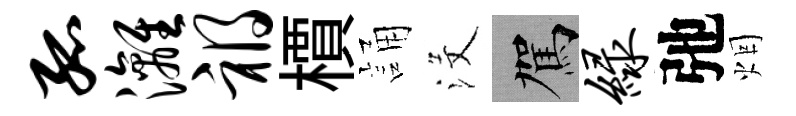
孤漓祸檟誦沒駕绿弛烟